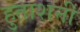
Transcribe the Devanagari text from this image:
हुताशनी